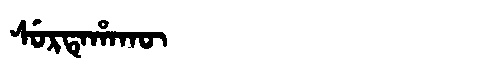
Manchu: ᠰᡠᡵᡨᡝᡥᠠᡴᡡ
Romanization: SURTEHAKŪ